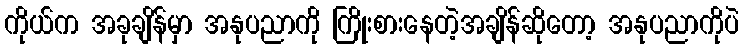
ကိုယ်က အခုချိန်မှာ အနုပညာကို ကြိုးစားနေတဲ့အချိန်ဆိုတော့ အနုပညာကိုပဲ